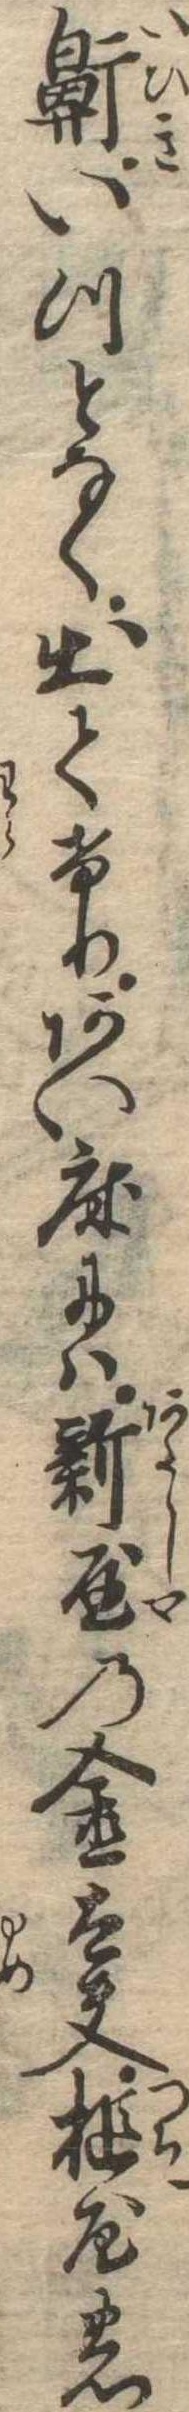
鼾いつとなく出てけりあい床には新屋の金太夫槌屋の